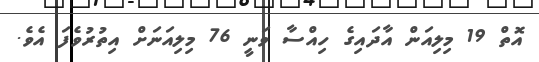
އޮތް 19 މިލިއަން އާދައިގެ ހިއްސާ ވަނީ 76 މިލިއަނަށް އިތުރުވެފަ އެވެ.